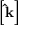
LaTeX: \left[ \mathbf { \hat { k } } \right]